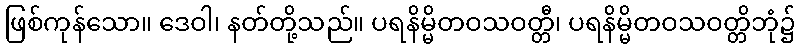
ဖြစ်ကုန်သော။ ဒေဝါ၊ နတ်တို့သည်။ ပရနိမ္မိတဝသဝတ္တီ၊ ပရနိမ္မိတဝသဝတ္တိဘုံ၌